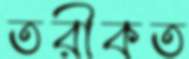
তরীকত